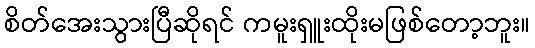
စိတ်အေးသွားပြီဆိုရင် ကမူးရှူးထိုးမဖြစ်တော့ဘူး။